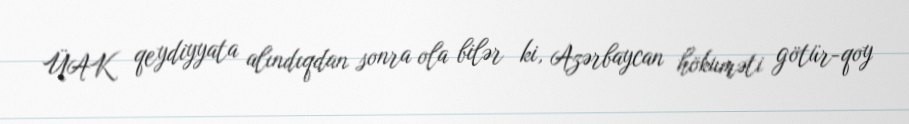
ÜAK qeydiyyata alındıqdan sonra ola bilər ki, Azərbaycan hökuməti götür-qoy